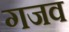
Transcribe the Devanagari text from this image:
गजव